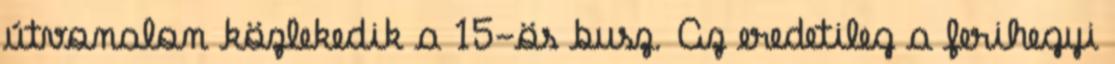
útvonalon közlekedik a 15-ös busz. Az eredetileg a ferihegyi